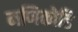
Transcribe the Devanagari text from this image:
मणिकोडि